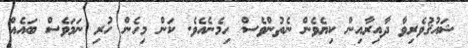
ޝައުޤުވެރިވާ ދާއިރާއިން ކިޔެވެން ނެތުންވެސް ހިމެނެއެވެ. ކަން މިހެން ހުރި ނަމަވެސް ބައެއް